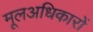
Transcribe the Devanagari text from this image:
मूलअधिकारों